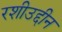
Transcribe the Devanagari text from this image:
रशीउद्दीन